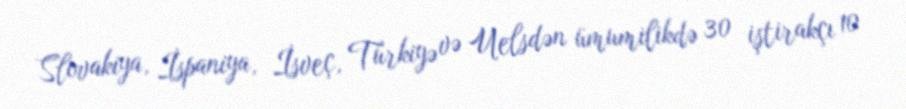
Slovakiya, İspaniya, İsveç, Türkiyə və Uelsdən ümumilikdə 30 iştirakçı 10